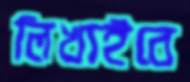
লিখাইবে